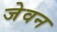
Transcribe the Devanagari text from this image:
जेवन